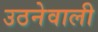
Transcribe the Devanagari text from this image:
उठनेवाली